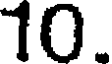
10.